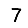
Digit: 7